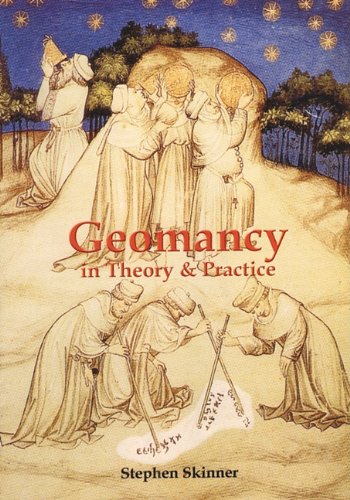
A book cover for Geomancy in Theory & Practice; Dr Stephen Skinner; Religion & Spirituality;